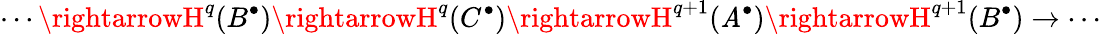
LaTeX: \cdots\rightarrowH^{q}(B^{\bullet})\rightarrowH^{q}(C^{\bullet})\rightarrowH^{q+1}(\mathit{A}^{\bullet})\rightarrowH^{q+1}(B^{\bullet})\rightarrow\cdots